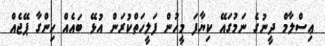
ޢިސްލާމް ދީނުގެ ނަމުގައޭ ކިޔާފަ މީހުން ފަލީހަތްކުރަން އުޅޭ ބައެއް ހިންގާ ޕޭޖެއް